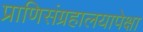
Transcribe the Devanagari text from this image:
प्राणिसंग्रहालयापेक्षा